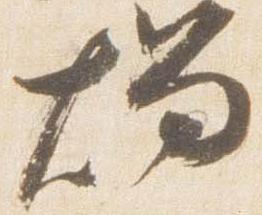
燭